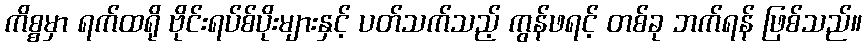
ကိစ္စမှာ ရက်ထရို ဗိုင်းရပ်စ်ပိုးများနှင့် ပတ်သက်သည့် ကွန်ဖရင့် တစ်ခု ဘက်ရန် ဖြစ်သည်။